Lunatic asylums Central Provinces reports 1886-1894 - 1886-1894
Year: 1886
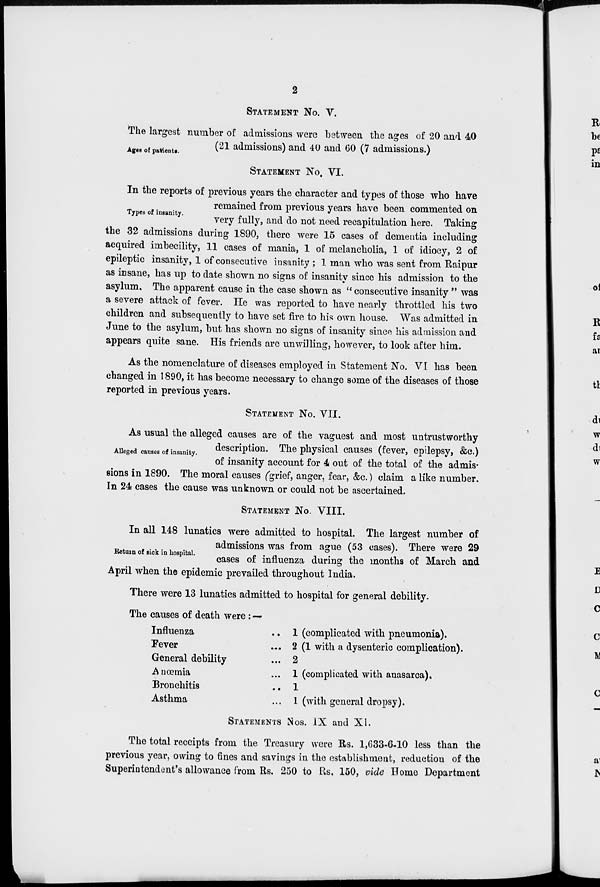
2
STATEMENT NO. V.
Ages of patients.
The largest number of admissions were between the ages of 20 and 40
(21 admissions) and 40 and 60 (7 admissions.)
STATEMENT No, VI.
Types of insanity.
In the reports of previous years the character and types of those who have
remained from previous years have been commented on
very fully, and do not need recapitulation here. Taking
the 32 admissions during 1890, there were 15 cases of dementia including
acquired imbecility, 11 cases of mania, 1 of melancholia, 1 of idiocy, 2 of
epileptic insanity, 1 of consecutive insanity; 1 man who was sent from Raipur
as insane, has up to date shown no signs of insanity since his admission to the
asylum. The apparent cause in the case shown as " consecutive insanity " was
a severe attack of fever. He was reported to have nearly throttled his two
children and subsequently to have set fire to his own house. Was admitted in
June to the asylum, but has shown no signs of insanity since his admission and
appears quite sane. His friends are unwilling, however, to look after him.
As the nomenclature of diseases employed in Statement No. VI has been
changed in 1890, it has become necessary to change some of the diseases of those
reported in previous years.
STATEMENT NO. VII.
Alleged causes of insanity.
As usual the alleged causes are of the vaguest and most untrustworthy
description. The physical causes (fever, epilepsy, &c.)
of insanity account for 4 out of the total of the admis-
sions in 1890. The moral causes (grief, anger, fear, &c.) claim a like number.
In 24 cases the cause was unknown or could not be ascertained.
STATEMENT No. VIII.
Return of sick in hospital.
In all 148 lunatics were admitted to hospital. The largest number of
admissions was from ague (53 cases). There were 29
cases of influenza during the months of March and
April when the epidemic prevailed throughout India.
There were 13 lunatics admitted to hospital for general debility.
The causes of death were : —
Influenza ...
Fever ...
General debility ...
Anœmia ...
Bronchitis ...
Asthma ...
1 (complicated with pneumonia).
2 (1 with a dysenteric complication).
2
1 (complicated with anasarca).
1
1 (with general dropsy).
STATEMENTS NOS. IX and XI.
The total receipts from the Treasury were Rs. 1,633-6-10 less than the
previous year, owing to fines and savings in the establishment, reduction of the
Superintendent's allowance from Rs. 250 to Rs. 150, vide Home Department